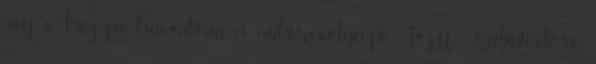
míg s hozzá hasonlóan a műkorcsolyázó Jozef Sabovčík is